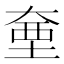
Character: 𭑗